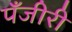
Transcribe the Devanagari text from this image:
पँजीरी